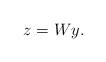
LaTeX: \begin{align*}z = W y. \end{align*}